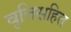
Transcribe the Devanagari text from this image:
वृत्तिसहित